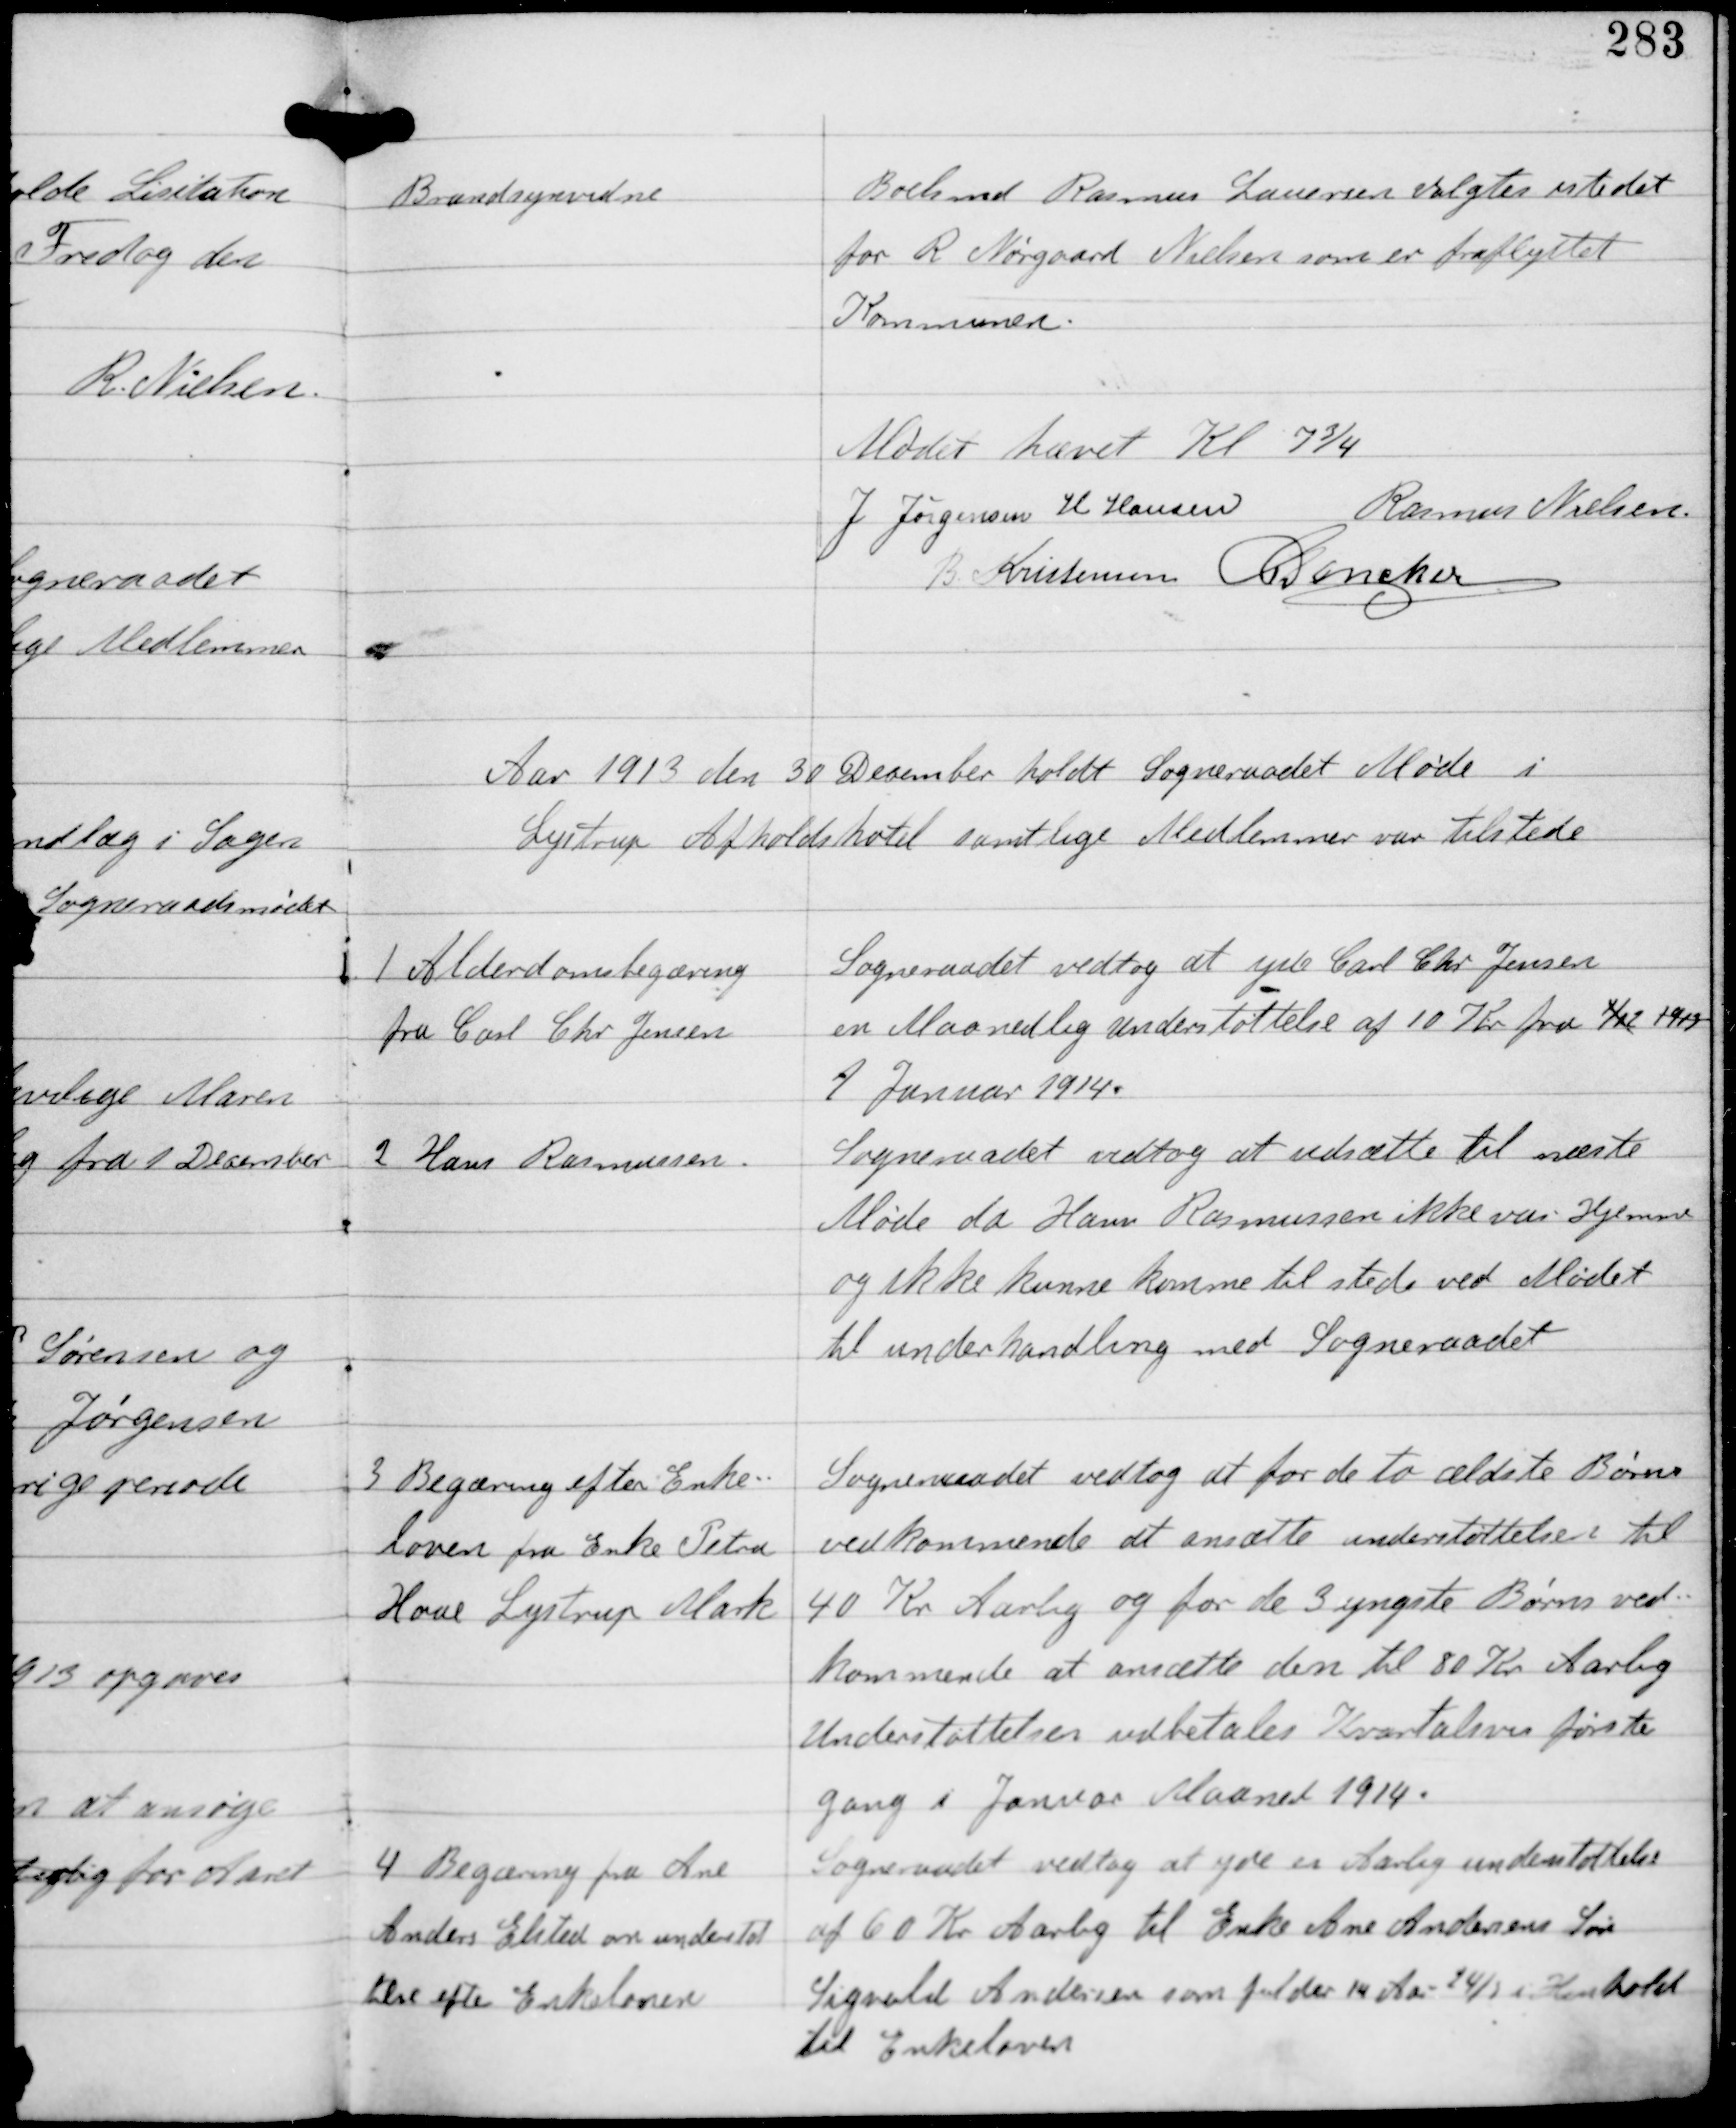
Transskription:
Brandsynsvidne

Boelsmand Rasmus Lauersen valgtes istedet
for R Nørgaard Nielsen som er fraflyttet
Kommunen.

Mødet hævet Kl 7¾
J Jørgensen H Hansen Rasmus Nielsen
B Kristensen C Dencker

Aar 1913 den 30 December holdt Sogneraadet Møde i
Lystrup Afholdshotel samtlige Medlemmer var tilstede

1

Alderdomsbegæring
fra Carl Chr Jensen

Sogneraadet vedtog at yde Carl Chr Jensen
en Maanedlig Understøttelse af 10 Kr fra 1/12 1913
1 Januar 1914.

2

Hans Rasmussen

Sogneraadet vedtog at udsætte til næste
Møde da Hans Rasmussen ikke var Hjemme
og ikke kunne komme til stede ved Mødet
til underhandling med Sogneraadet

3

Begæring efter Enke-
loven fra Enke Petra
Hove Lystrup Mark

Sogneraadet vedtog at for de to ældste Børns
vedkommende at ansætte understøttelsen til
40 Kr Aarlig og for de 3 yngste Børns ved-
kommende at ansætte den til 80 Kr Aarlig
Understøttelsen udbetales Kvartalsvis første
gang i Januar Maaned 1914.

4

Begæring fra Ane
Anders Elsted om understøt
telse efter Enkeloven

Sogneraadet vedtog at yde en Aarlig understøttelse
af 60 Kr Aarlig til Enke Andersens Søn
Sigvald Andersen som fulder 14 Aar 24/3 i Henhold
til Enkeloven